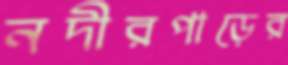
নদীরপাড়ের